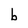
Character: b